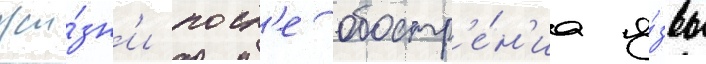
жи́зн'и посл'е обостр'е́н'иа я́звы